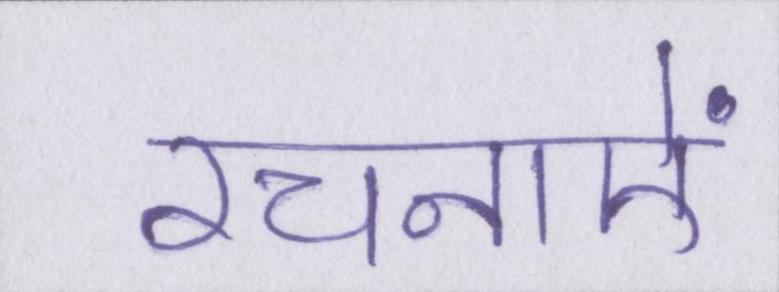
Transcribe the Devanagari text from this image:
रचनाऐं